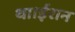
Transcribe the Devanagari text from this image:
था।ईरान